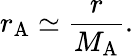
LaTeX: r_{\mathrm{A}}\simeq{\frac{r}{M_{\mathrm{A}}}}.